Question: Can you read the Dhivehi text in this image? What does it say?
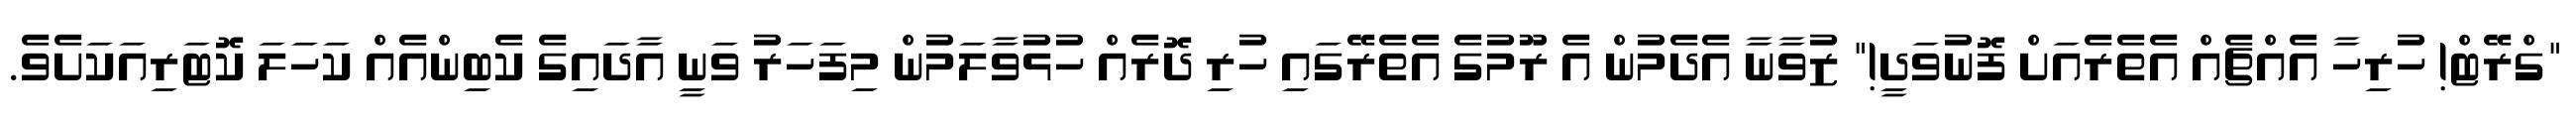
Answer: "ގްރޭޓް! ހުރިހާ އެއްޗެއް އެތެރެއަށް ފޮނުވަދީ!" ޒުވާނާ އެދެމުން އެ ރޫމުގެ އެތެރޭގައި ހުރި ދޮރެއް ހުޅުވާލަމުން މިފަހަރު ވަނީ އާދައިގެ ކެބިންއެއް ކަހަލަ ކޮޓަރިއަކަށެވެ.